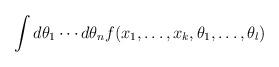
LaTeX: \begin{align*}\int d\theta_{1}\cdots d\theta_{n} f(x_{1}, \ldots, x_{k}, \theta_{1}, \ldots, \theta_{l})\end{align*}